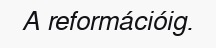
A reformációig.